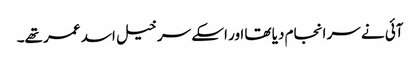
آئی نے سر انجام دیا تھا اور اسکے سرخیل اسد عمر تھے۔